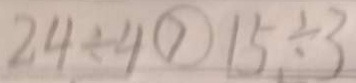
2 4 \div 4 > 1 5 \div 3